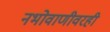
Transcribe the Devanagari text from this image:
नभोवाणीवरही